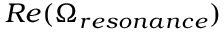
R e ( \Omega _ { r e s o n a n c e } )